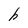
Character: h